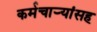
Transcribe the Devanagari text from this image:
कर्मचाऱ्यांसह